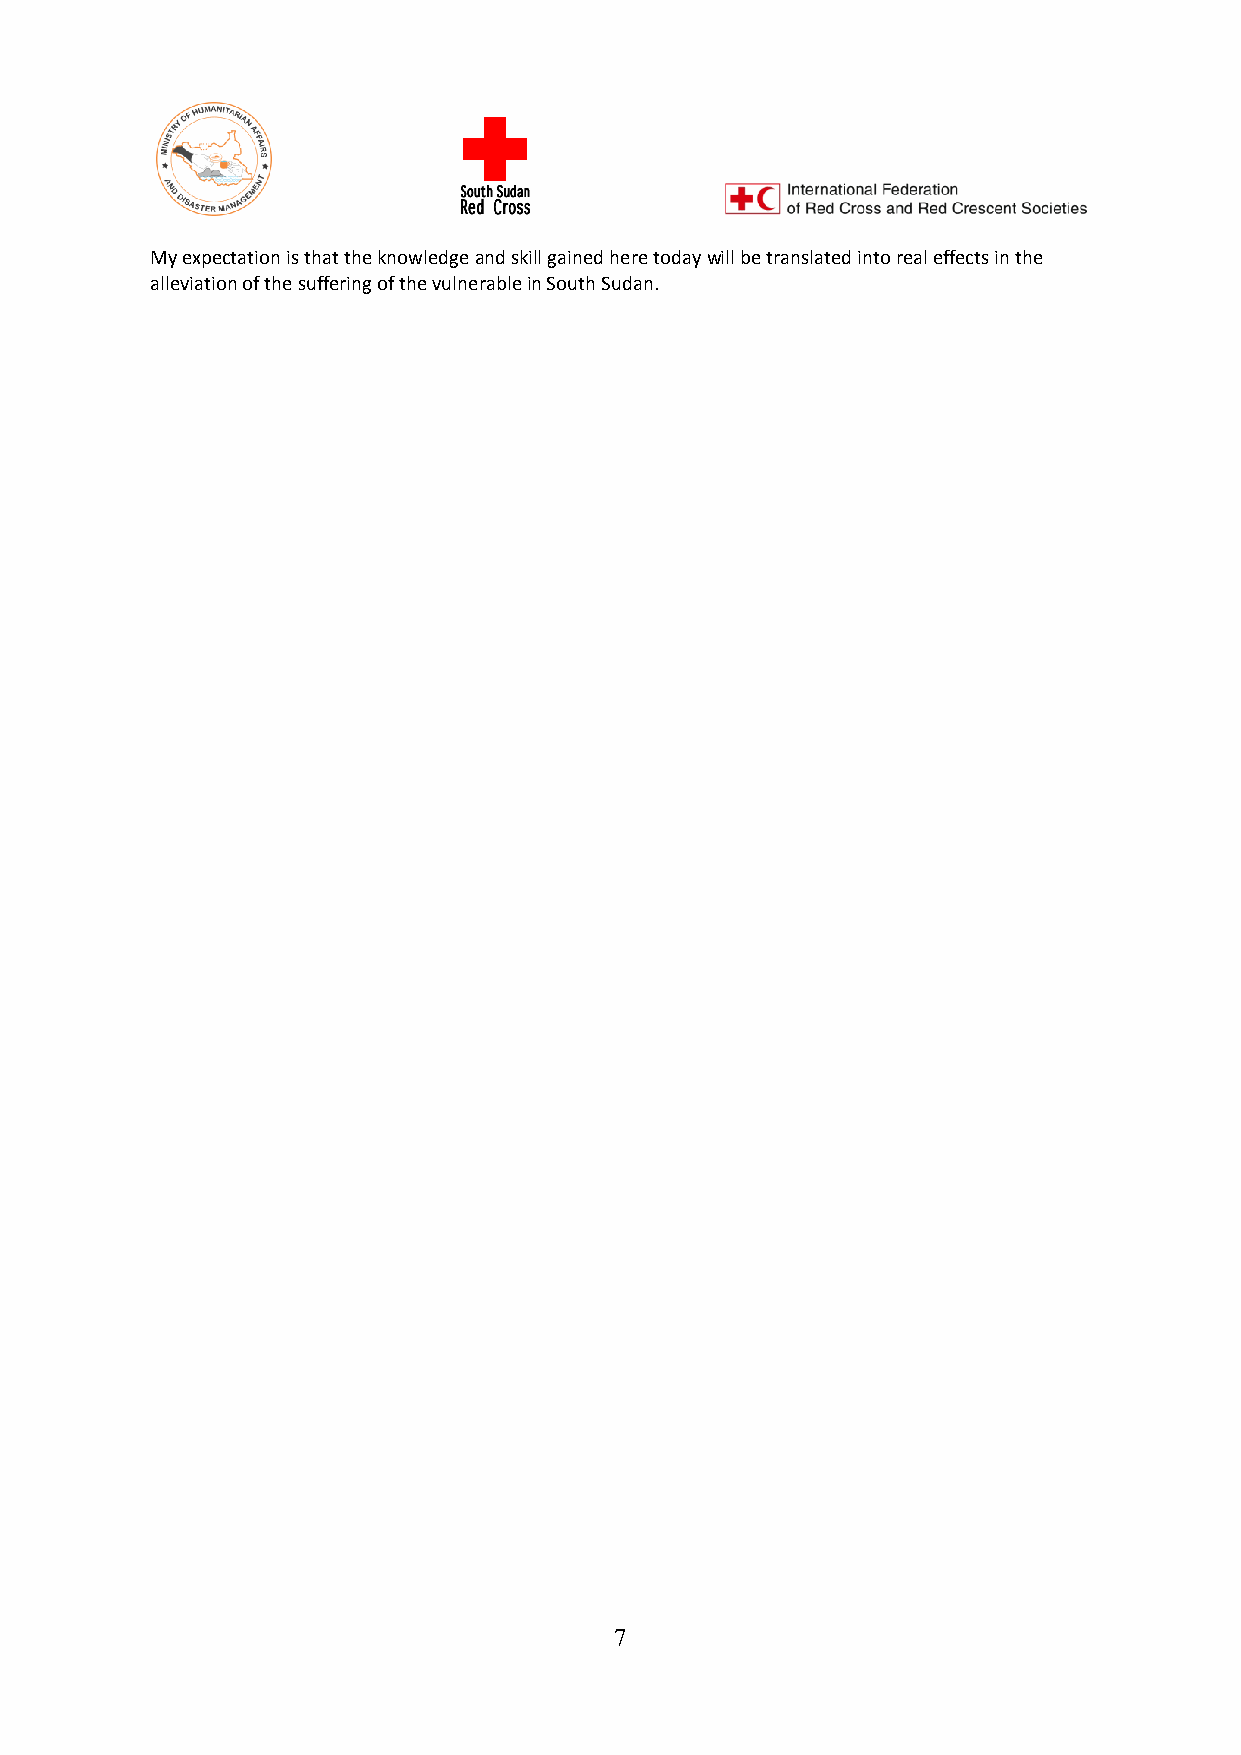
My expectation is that the knowledge and skill gained here today will be translated into real effects in the
 alleviation of the suffering of the vulnerable in South Sudan.
 7